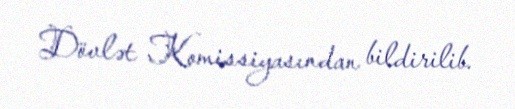
Dövlət Komissiyasından bildirilib.